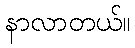
နာလာတယ်။